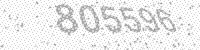
Solution: 805596